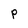
Character: P